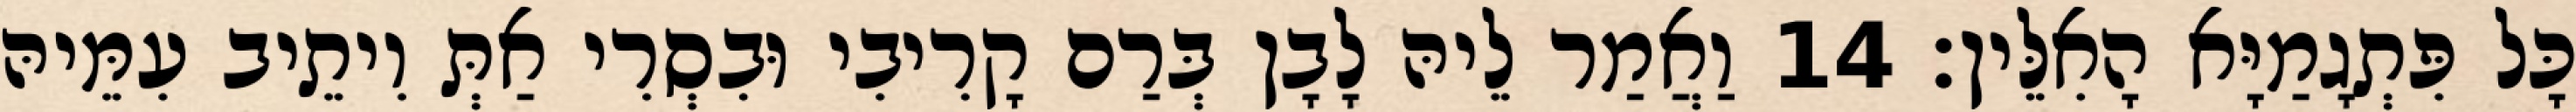
כָּל פִּתְגָמַיָּא הָאִלֵּין׃ 14 וַאֲמַר לֵיהּ לָבָן בְּרַם קָרִיבִי וּבִסְרִי אַתְּ וִיתֵיב עִמֵּיהּ